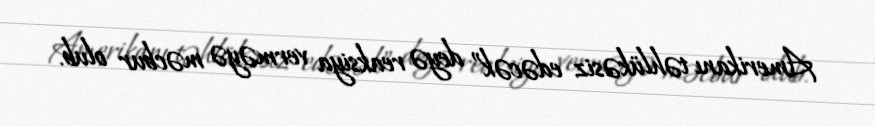
Amerikanı təhlükəsiz edəcək” deyə reaksiya verməyə məcbur olub.